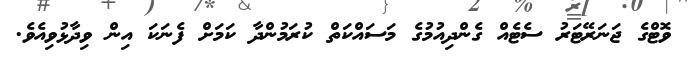
ވޮޓްގެ ޖަނަރޭޓަރު ސެޓެއް ގެންދިއުމުގެ މަސައްކަތް ކުރަމުންދާ ކަމަށް ފެނަކަ އިން ވިދާޅުވިއެވެ.